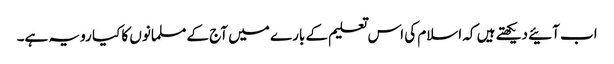
اب آئیے دیکھتے ہیں کہ اسلام کی اس تعلیم کے بارے میں آج کے مسلمانوں کا کیا رویہ ہے۔